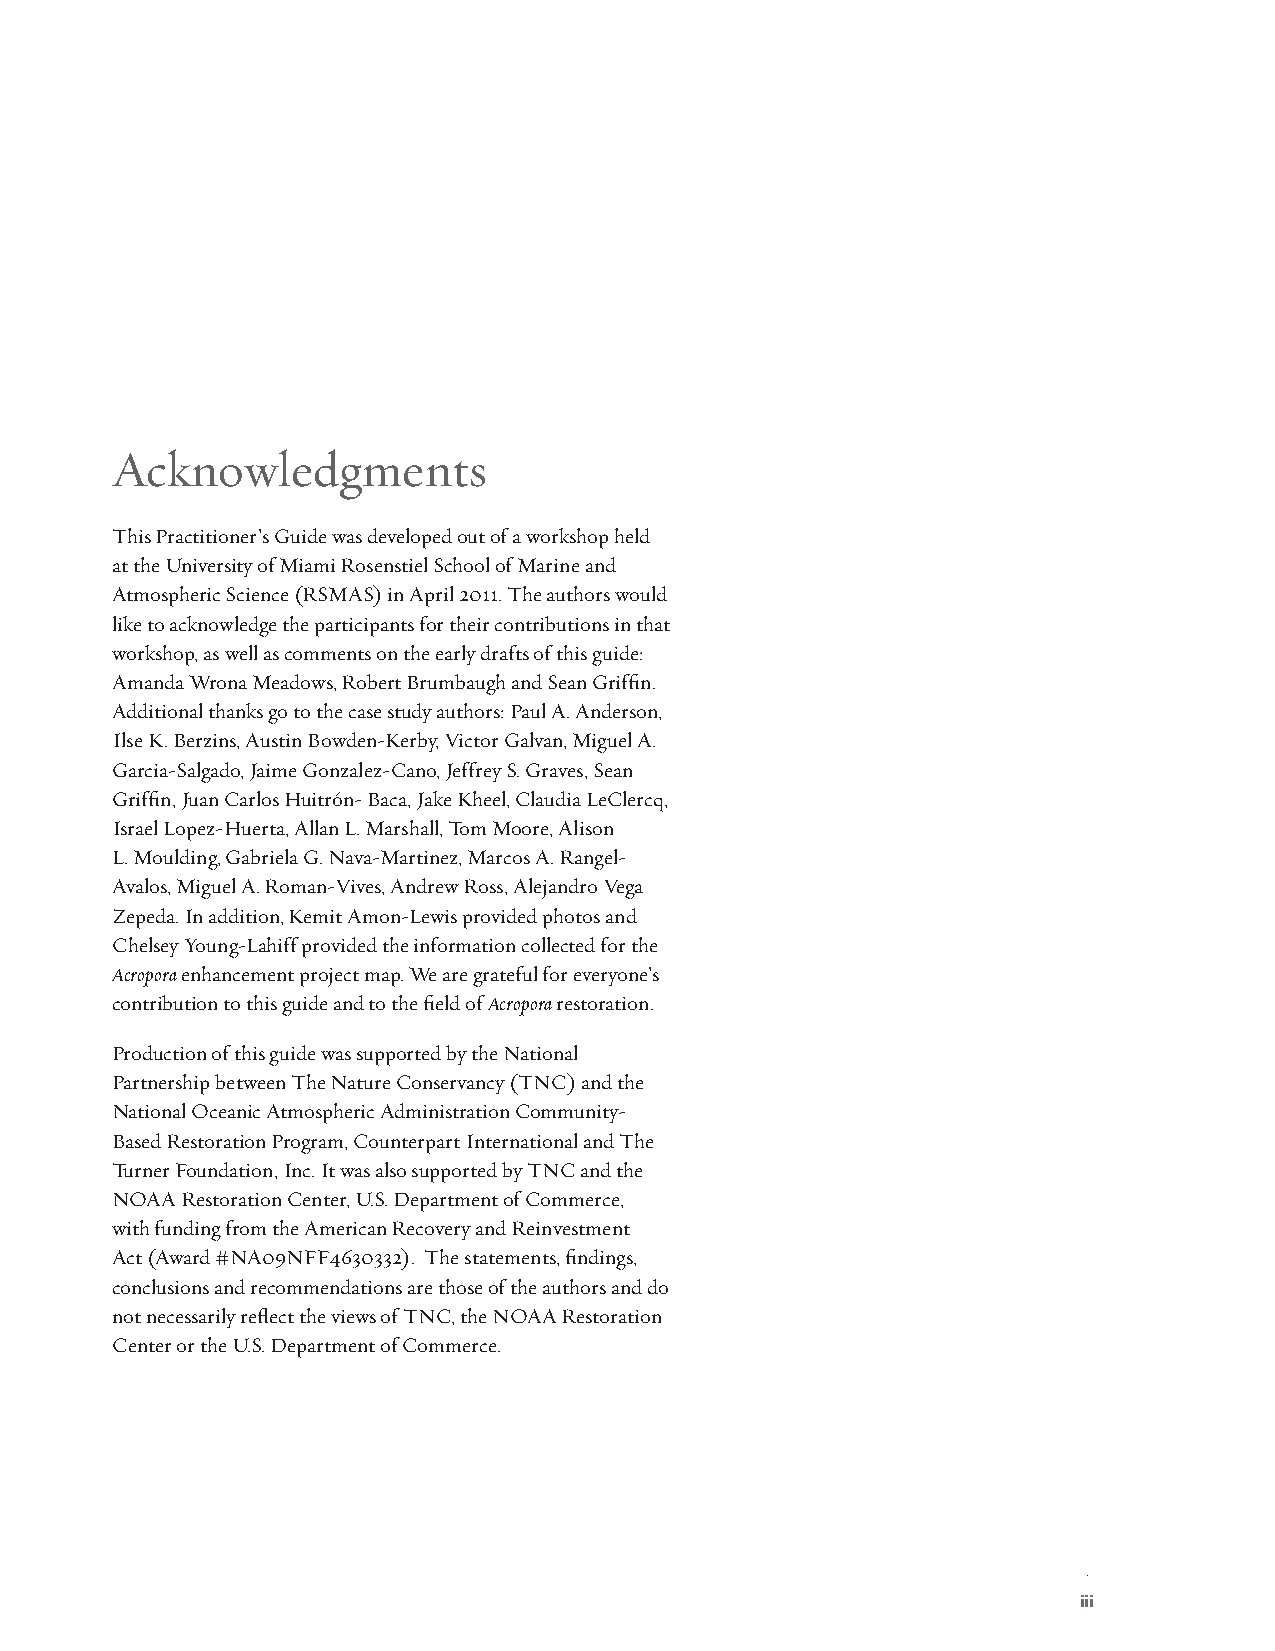
&
 Authors
 Acknowledgments
 Affiliatio<s
 This Practitioner’s Guide was developed out of a workshop held
 at the University of Miami Rosenstiel School of Marine and
 Atmospheric Science (RSMAS) in April 2011. The authors would
 like to acknowledge the participants for their contributions in that
 workshop, as well as comments on the early drafts of this guide:
 Amanda Wrona Meadows, Robert Brumbaugh and Sean Griffin.
 Additional thanks go to the case study authors: Paul A. Anderson,
 Ilse K. Berzins, Austin Bowden-Kerby, Victor Galvan, Miguel A.
 Garcia-Salgado, Jaime Gonzalez-Cano, Jeffrey S. Graves, Sean
 Griffin, Juan Carlos Huitrón- Baca, Jake Kheel, Claudia LeClercq,
 Israel Lopez-Huerta, Allan L. Marshall, Tom Moore, Alison
 L. Moulding, Gabriela G. Nava-Martinez, Marcos A. Rangel-
 Avalos, Miguel A. Roman-Vives, Andrew Ross, Alejandro Vega
 Zepeda. In addition, Kemit Amon-Lewis provided photos and
 Chelsey Young-Lahiff provided the information collected for the
 Acropora enhancement project map. We are grateful for everyone’s
 contribution to this guide and to the field of Acropora restoration.
 Production of this guide was supported by the National
 Partnership between The Nature Conservancy (TNC) and the
 National Oceanic Atmospheric Administration Community-
 Based Restoration Program, Counterpart International and The
 Turner Foundation, Inc. It was also supported by TNC and the
 NOAA Restoration Center, U.S. Department of Commerce,
 with funding from the American Recovery and Reinvestment
 Act (Award #NA09NFF4630332). The statements, findings,
 conclusions and recommendations are those of the authors and do
 not necessarily reflect the views of TNC, the NOAA Restoration
 Center or the U.S. Department of Commerce.
 iii